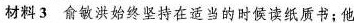
材料3 俞敏洪始终坚持在适当的时候读纸质书；他